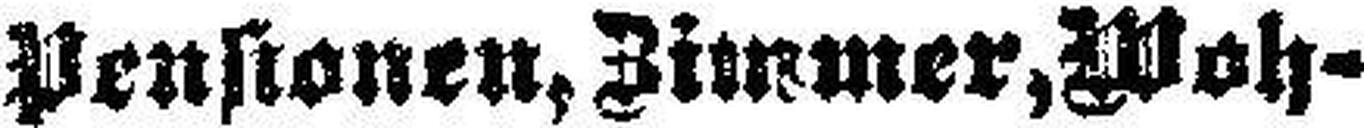
Pensionen, Zimmer, Moh¬